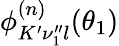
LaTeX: \phi_{K^{\prime}\nu_{1}^{\prime\prime}l}^{(n)}(\theta_{1})